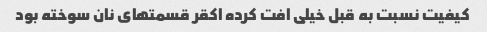
کیفیت نسبت به قبل خیلی افت کرده اکقر قسمتهای نان سوخته بود